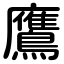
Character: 鷹